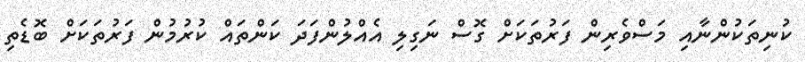
ކުނިތަކުންނާއި މަސްވެރިން ފަރުތަކަށް ގޮސް ނަގިލި އެއްލުންފަދަ ކަންތައް ކުރުމުން ފަރުތަކަށް ބޮޑެތި